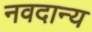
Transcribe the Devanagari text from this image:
नवदान्य